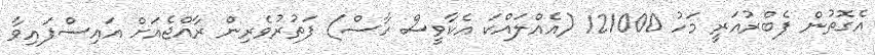
އެގޮތުން ފެބްރުއަރީ މަހު 121000 (އެއްލައްކަ އެކާވީސް ހާސް) ފަތުރުވެރިން ރާއްޖެއަށް އައިސްފައިވާ